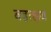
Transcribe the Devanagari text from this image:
बहत्क्षय